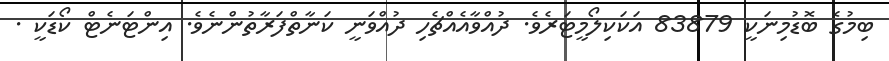
ބިމުގެ ބޮޑުމިނަކީ 83879 އަކަކިލޯމީޓަރެވެ. ދުއްވާއެއްޗެހި ދުއްވަނީ ކަނާތްފަރާތުންނެވެ. އިންޓަނެޓް ކޯޑަކީ .